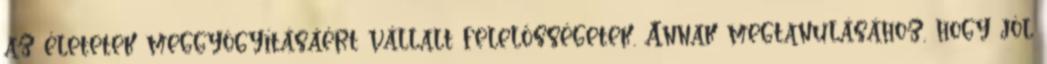
az életetek meggyógyításáért vállalt felelősségetek. Annak megtanulásához, hogy jól